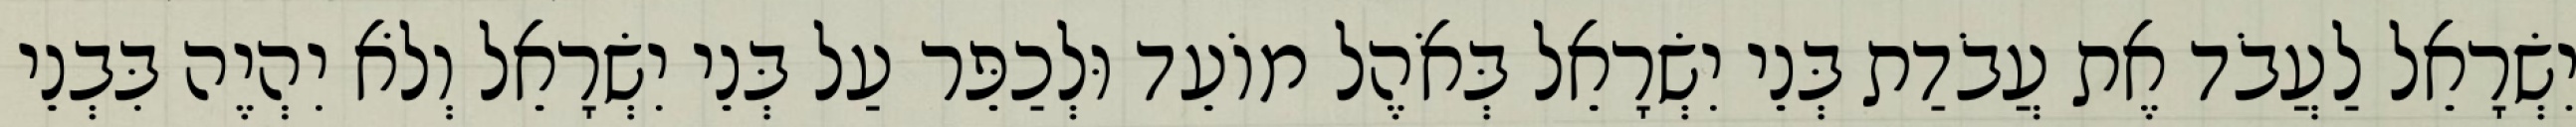
יִשְׂרָאֵל לַעֲבֹד אֶת עֲבֹדַת בְּנֵי יִשְׂרָאֵל בְּאֹהֶל מוֹעֵד וּלְכַפֵּר עַל בְּנֵי יִשְׂרָאֵל וְלֹא יִהְיֶה בִּבְנֵי